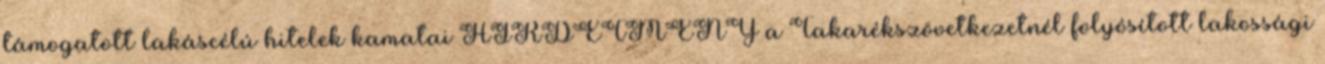
támogatott lakáscélú hitelek kamatai HIRDETMÉNY a Takarékszövetkezetnél folyósított lakossági